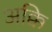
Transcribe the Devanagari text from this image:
अक्कि